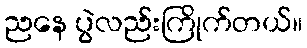
ညနေ ပွဲလည်းကြိုက်တယ်။